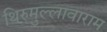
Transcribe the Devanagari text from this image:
थिरुमुल्लावाराम